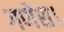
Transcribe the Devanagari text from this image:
गणेश।